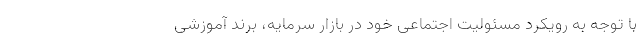
با توجه به رویکرد مسئولیت اجتماعی‌ خود در بازار سرمایه، برند آموزشی